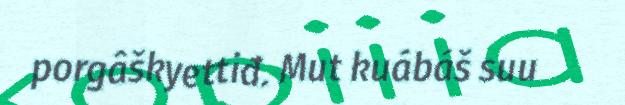
porgâškyettiđ. Mut kuábáš suu